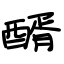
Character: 醑